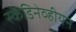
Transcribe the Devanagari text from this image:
स्कॆंडिनेव्हीयन